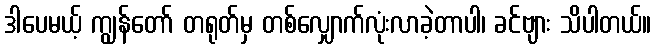
ဒါပေမယ့် ကျွန်တော် တရုတ်မှ တစ်လျှောက်လုံးလာခဲ့တာပါ၊ ခင်ဗျား သိပါတယ်။